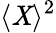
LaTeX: \langle\mathit{X}\rangle^{2}